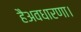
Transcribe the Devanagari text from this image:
हैअवधारणा।